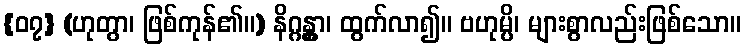
{၀၇} (ဟုတွာ၊ ဖြစ်ကုန်၏။) နိဂ္ဂန္တွာ၊ ထွက်လာ၍။ ဗဟုမ္ပိ၊ များစွာလည်းဖြစ်သော။